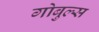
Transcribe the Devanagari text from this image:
गोबुल्स